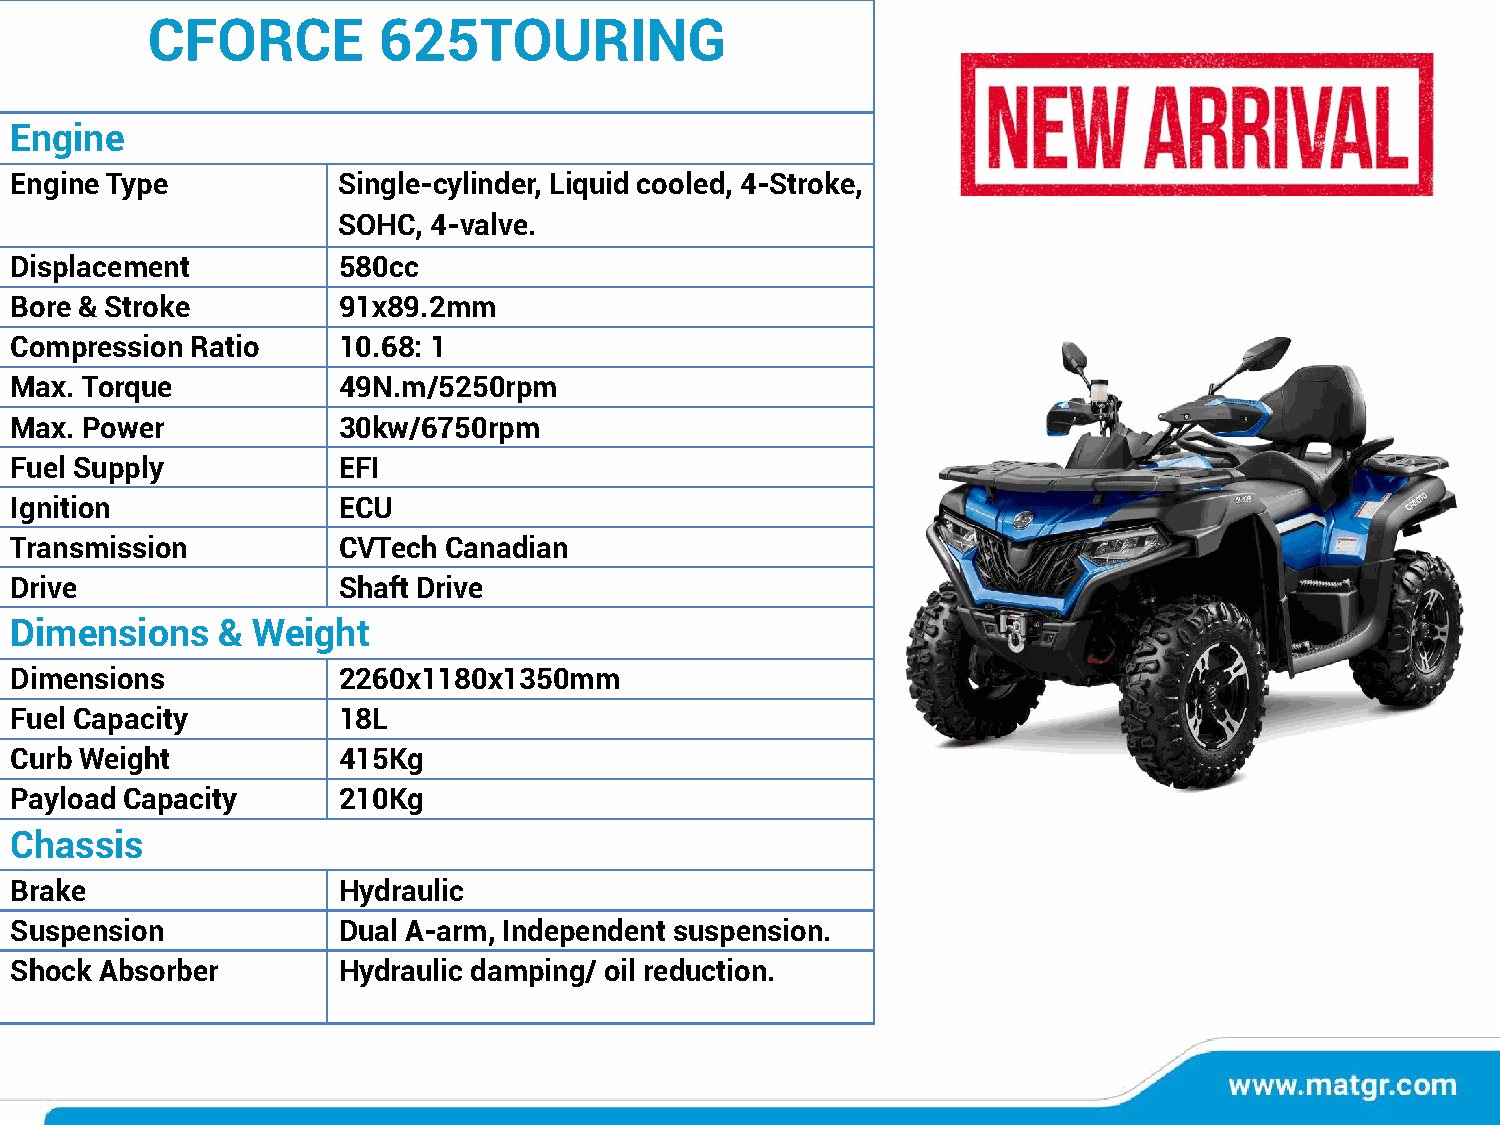
CFORCE         625TOURING
 Engine
 Engine Type          Single-cylinder, Liquid cooled, 4-Stroke,
 SOHC,  4-valve.
 Displacement         580cc
 Bore & Stroke        91x89.2mm
 Compression Ratio    10.68: 1
 Max. Torque          49N.m/5250rpm
 Max. Power           30kw/6750rpm
 Fuel Supply          EFI
 Ignition             ECU
 Transmission         CVTech Canadian
 Drive                Shaft Drive
 Dimensions   &  Weight
 Dimensions           2260x1180x1350mm
 Fuel Capacity        18L
 Curb Weight          415Kg
 Payload Capacity     210Kg
 Chassis
 Brake                Hydraulic
 Suspension           Dual A-arm, Independent suspension.
 Shock Absorber       Hydraulic damping/ oil reduction.